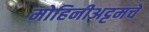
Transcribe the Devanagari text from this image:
मोहिनीअट्टमचे